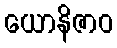
ယောနိဇာဝ